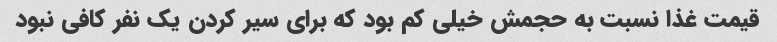
قیمت غذا نسبت به حجمش خیلی کم بود که برای سیر کردن یک نفر کافی نبود